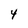
Character: 4